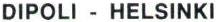
DIPOLI - HELSINKI